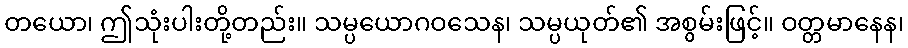
တယော၊ ဤသုံးပါးတို့တည်း။ သမ္ပယောဂဝသေန၊ သမ္ပယုတ်၏ အစွမ်းဖြင့်။ ဝတ္တမာနေန၊